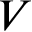
V